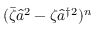
( \bar { \zeta } \hat { a } ^ { 2 } - \zeta \hat { a } ^ { \dag 2 } ) ^ { n }